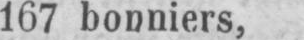
167 bonniers,